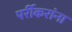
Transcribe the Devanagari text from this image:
पर्रीकरांना